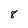
Character: 8